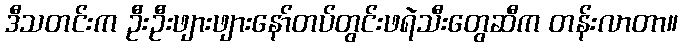
ဒီသတင်းက ဦးဦးဖျားဖျားနော်တပ်တွင်းဖရဲသီးတွေဆီက တန်းလာတာ။